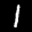
Label: 1